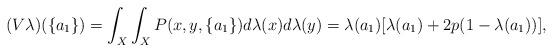
LaTeX: \begin{align*}(V\lambda)(\{a_1\})=\int_X\int_X P(x,y,\{a_1\})d\lambda(x)d\lambda(y)=\lambda(a_1)[\lambda(a_1)+2p(1-\lambda(a_1))],\end{align*}